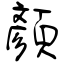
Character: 顏